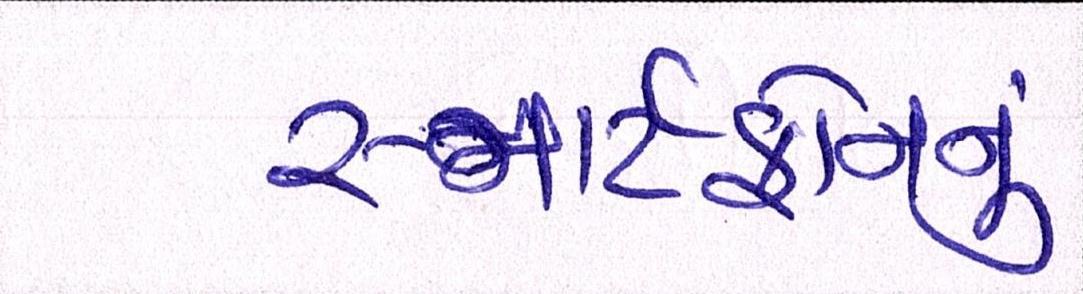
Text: સ્માર્ટફોનનું